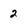
Character: 2